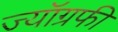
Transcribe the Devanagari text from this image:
ज्यॉग्रफी